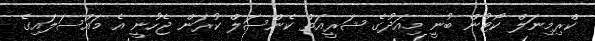
ކްރިމިނަލް ކޯޓުން ބުނީ މިއަދުގެ ޝަރީއަތް ކެންސަލް ކުރަން ޖެހުނީ އެ މައްސަލައިގެ